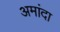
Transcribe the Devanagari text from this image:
अमांदा